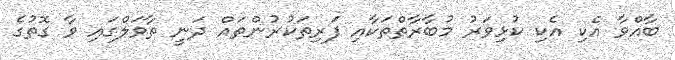
ބާއްވާ އެކި އެކި ކުޅިވަރު މުބާރާތްތަކާއި ފަރިތަކުރުންތައް ދަނީ ތާވަލްގައި ވާ ގޮތުގެ